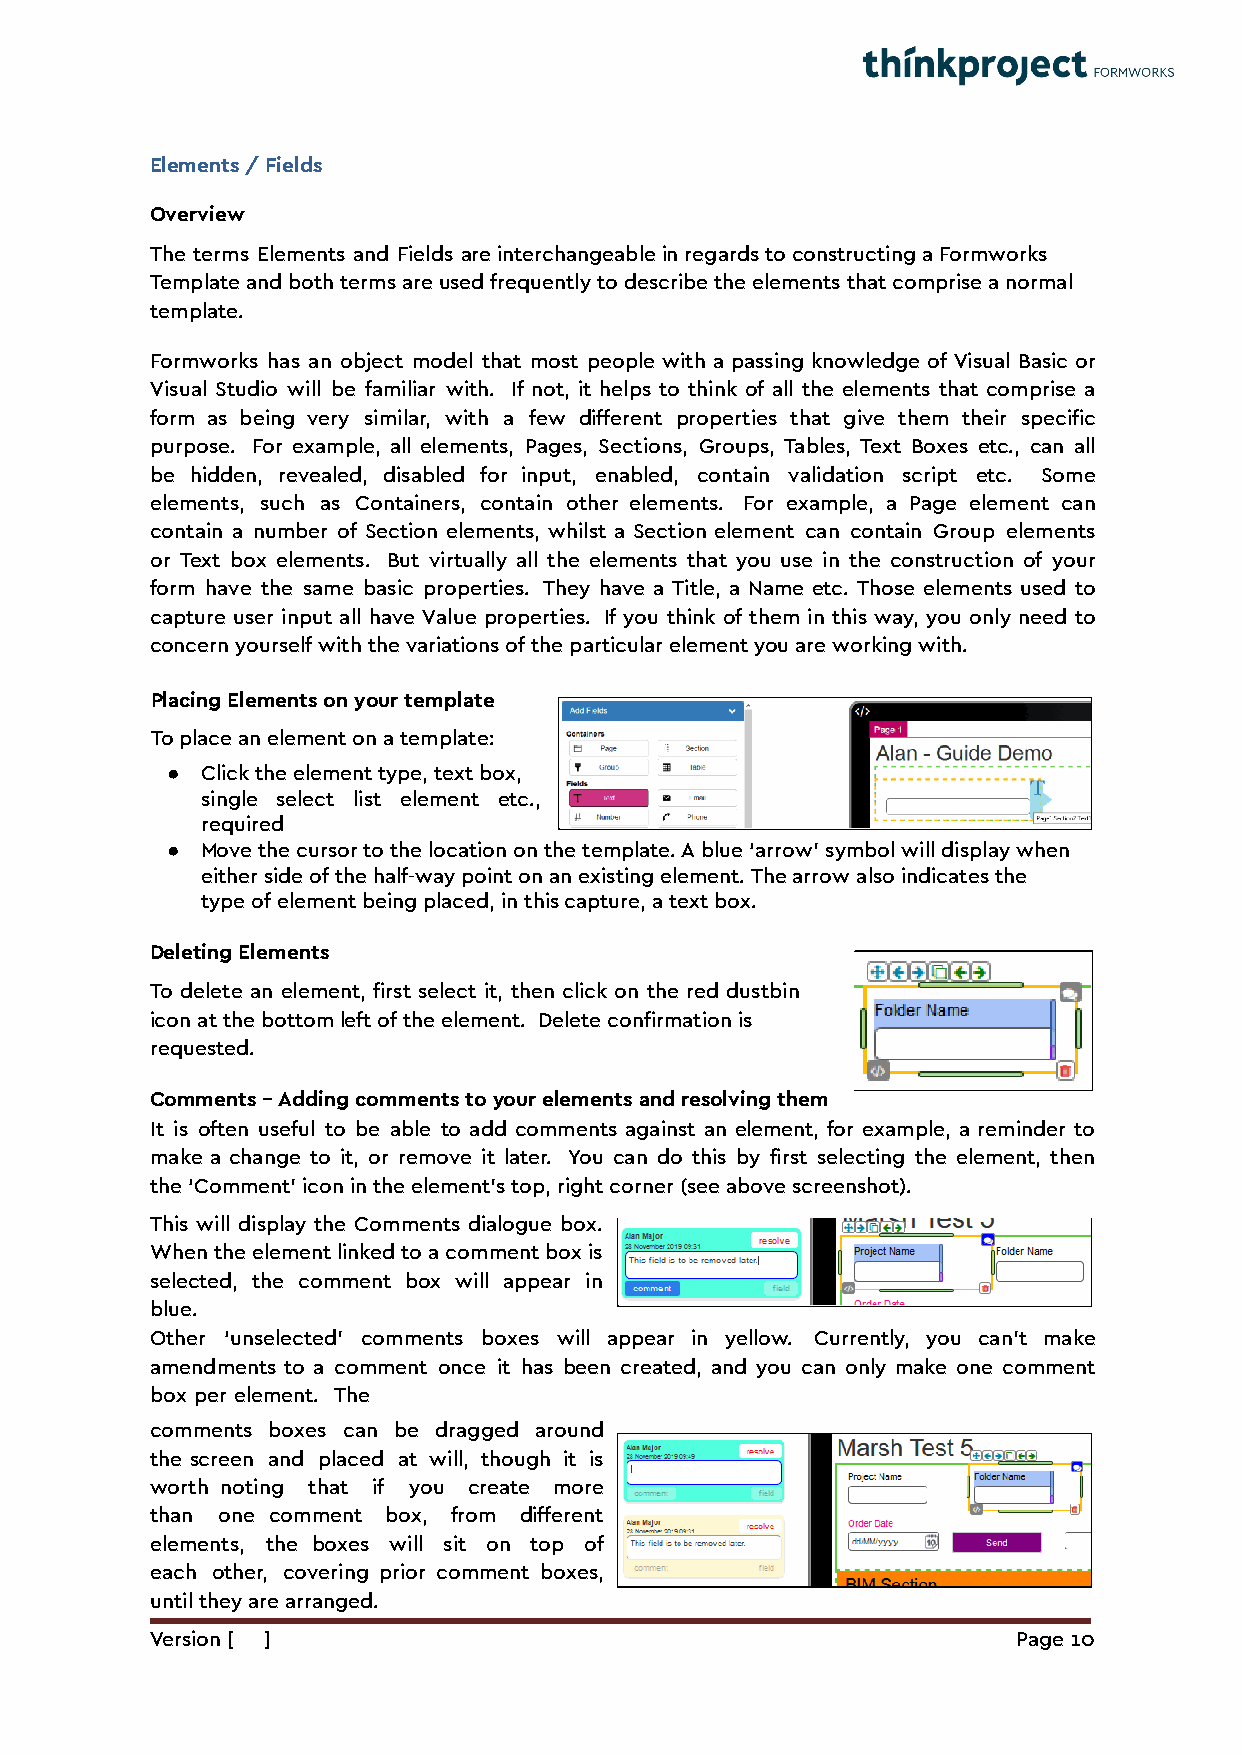
Elements / Fields
 Overview
 The terms Elements and Fields are interchangeable in regards to constructing a Formworks
 Template and both terms are used frequently to describe the elements that comprise a normal
 template.
 Formworks has an object model that most people with a passing knowledge of Visual Basic or
 Visual Studio will be familiar with. If not, it helps to think of all the elements that comprise a
 form as being very similar, with a few different properties that give them their specific
 purpose. For example, all elements, Pages, Sections, Groups, Tables, Text Boxes etc., can all
 be hidden, revealed, disabled for input, enabled, contain validation script etc. Some
 elements, such as Containers, contain other elements. For example, a Page element can
 contain a number of Section elements, whilst a Section element can contain Group elements
 or Text box elements. But virtually all the elements that you use in the construction of your
 form have the same basic properties. They have a Title, a Name etc. Those elements used to
 capture user input all have Value properties. If you think of them in this way, you only need to
 concern yourself with the variations of the particular element you are working with.
 Placing Elements on your template
 To place an element on a template:
 ● Click the element type, text box,
 single select list element etc.,
 required
 ● Move the cursor to the location on the template. A blue ‘arrow’ symbol will display when
 either side of the half-way point on an existing element. The arrow also indicates the
 type of element being placed, in this capture, a text box.
 Deleting Elements
 To delete an element, first select it, then click on the red dustbin
 icon at the bottom left of the element. Delete confirmation is
 requested.
 Comments – Adding comments to your elements and resolving them
 It is often useful to be able to add comments against an element, for example, a reminder to
 make a change to it, or remove it later. You can do this by first selecting the element, then
 the ‘Comment’ icon in the element’s top, right corner (see above screenshot).
 This will display the Comments dialogue box.
 When the element linked to a comment box is
 selected, the comment box will appear in
 blue.
 Other ‘unselected’ comments boxes will appear in yellow. Currently, you can’t make
 amendments to a comment once it has been created, and you can only make one comment
 box per element. The
 comments boxes can be dragged around
 the screen and placed at will, though it is
 worth noting that if you create more
 than one comment box, from different
 elements, the boxes will sit on top of
 each other, covering prior comment boxes,
 until they are arranged.
 Version [ ]                                              Page 10